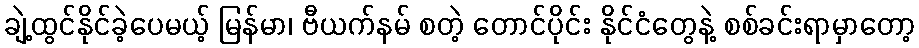
ချဲ့ထွင်နိုင်ခဲ့ပေမယ့် မြန်မာ၊ ဗီယက်နမ် စတဲ့ တောင်ပိုင်း နိုင်ငံတွေနဲ့ စစ်ခင်းရာမှာတော့